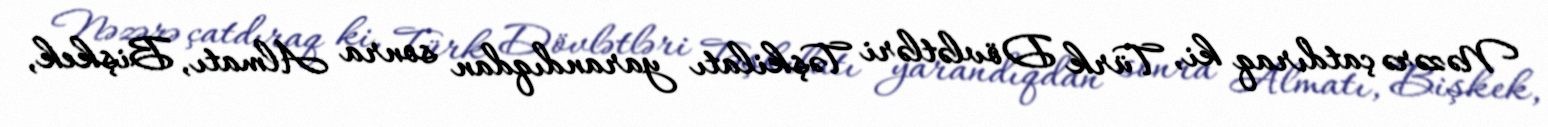
Nəzərə çatdıraq ki, Türk Dövlətləri Təşkilatı yarandıqdan sonra Almatı, Bişkek,